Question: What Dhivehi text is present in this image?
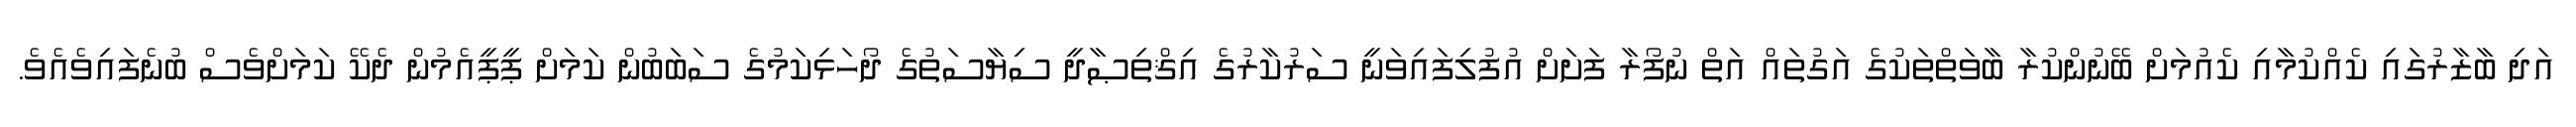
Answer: އަދި ބާޒާރުގައި ކެއްކުމާއި ކެއުމަށް ބޭނުންކުރާ ބާވަތްތަކުގެ އަގުތައް އަތް ނުފޯރާ ފަށަށް އުފުލިފައިވަނީ ސަރުކާރުގެ އިޤްތިޞާދީ ސިޔާސަތުގެ ދޯހަޅިކަމުގެ ސަބަބުން ކަމަށް ޕީޕީއެމުން ދެކޭ ކަމަށްވެސް ބުނެފައިވެއެވެ.